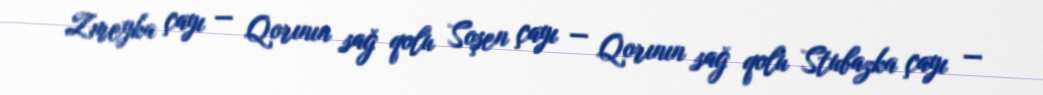
Zmeyka çayı — Qorının sağ qolu Soşen çayı — Qorının sağ qolu Stubazka çayı —